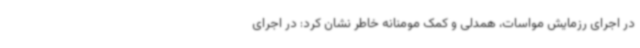
در اجرای رزمایش مواسات، همدلی و کمک مومنانه خاطر نشان کرد: در اجرای